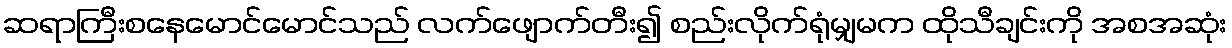
ဆရာကြီးစနေမောင်မောင်သည် လက်ဖျောက်တီး၍ စည်းလိုက်ရုံမျှမက ထိုသီချင်းကို အစအဆုံး